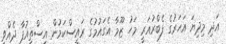
އަދި މިދިޔަ އަހަރުގެ ފެބްރުއަރީ މަހު ޒޫމާ އެގައުމުގެ ރައީސްކަމުން އިސްތިއުފާ ދެއްވީ